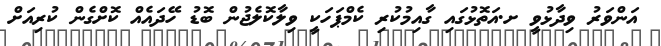
އަންވަރު ވިދާޅުވީ ށ.އަތޮޅުގައި ގާއިމުކުރި ކެމްޕަހަކީ ވިލާކޮލެޖުން ބޮޑު ހޭދައެއް ކޮށްގެން ކުރިއަށް